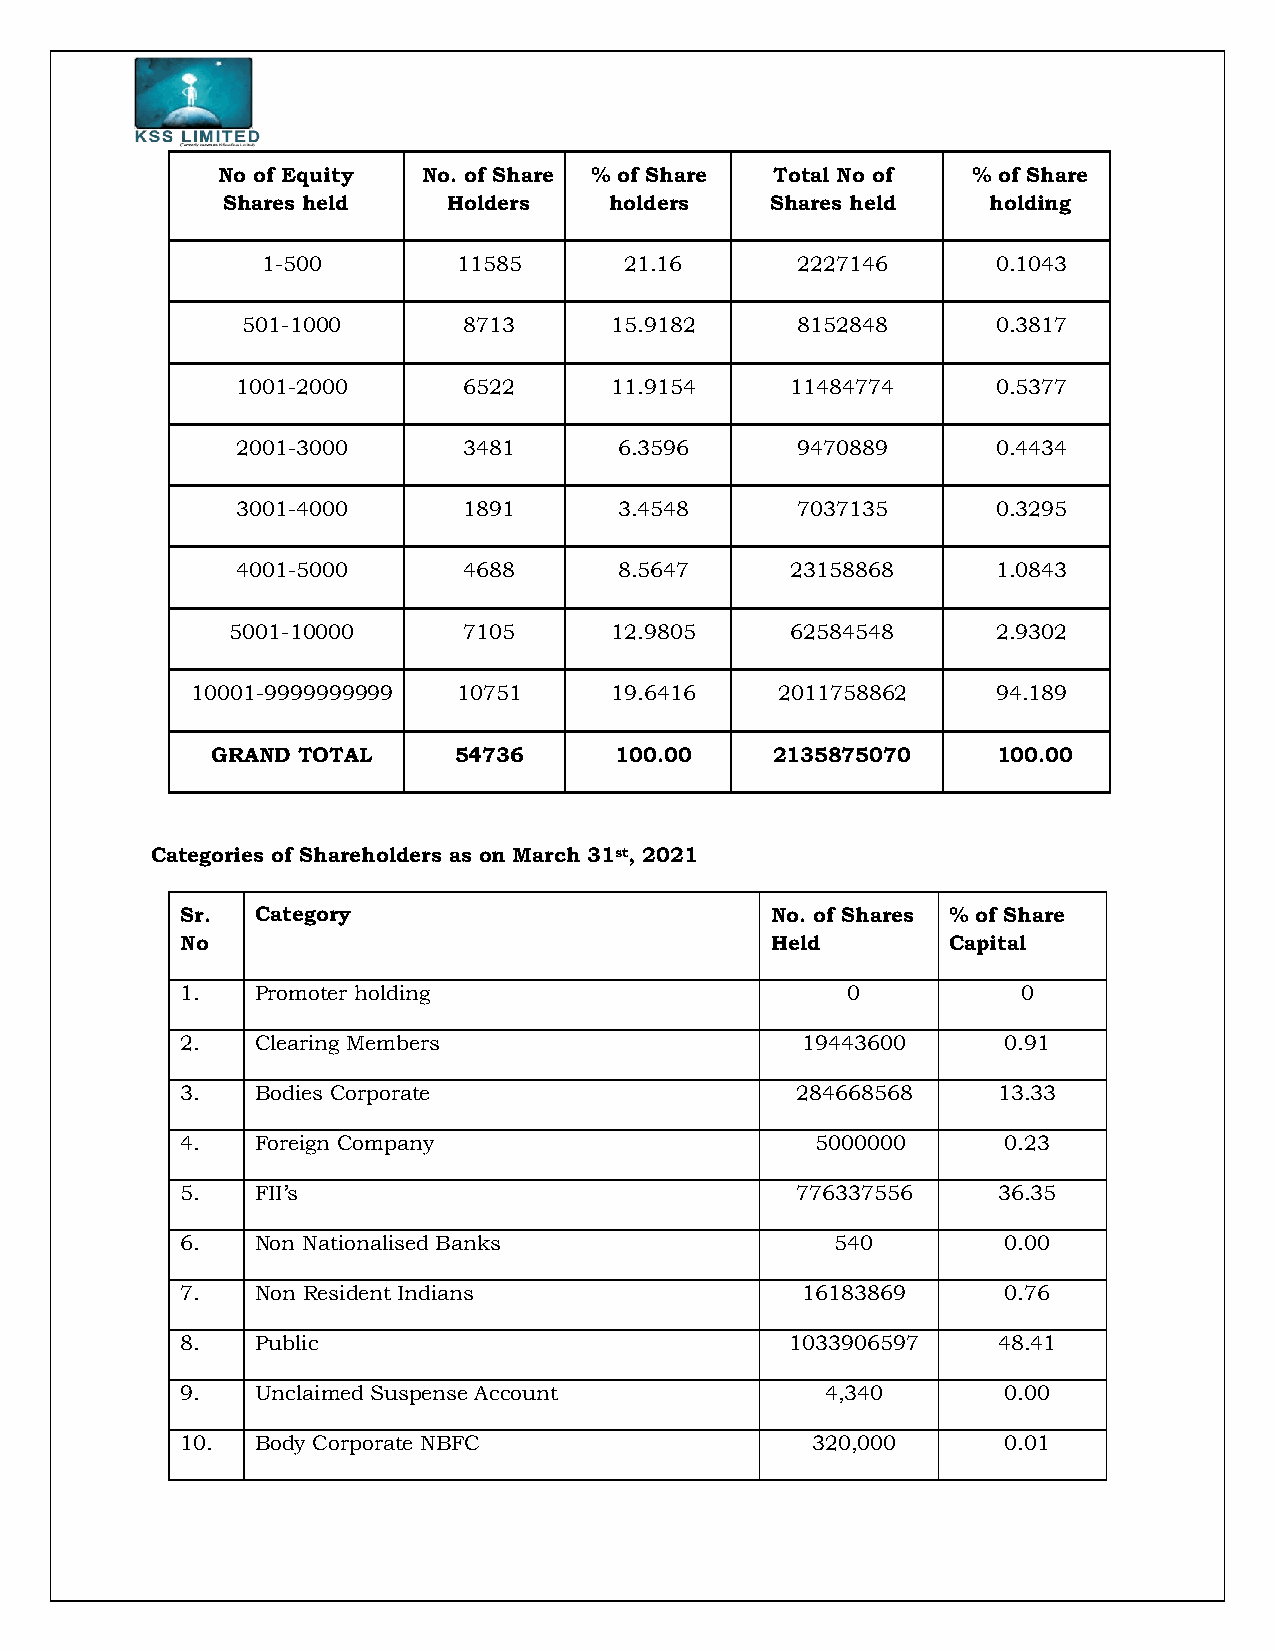
No of Equity  No. of Share % of Share Total No of % of Share
 Shares held    Holders   holders    Shares held    holding
 1-500        11585      21.16       2227146      0.1043
 501-1000       8713     15.9182      8152848      0.3817
 1001-2000      6522     11.9154     11484774      0.5377
 2001-3000      3481      6.3596      9470889      0.4434
 3001-4000      1891      3.4548      7037135      0.3295
 4001-5000      4688      8.5647     23158868      1.0843
 5001-10000      7105     12.9805     62584548      2.9302
 10001-9999999999 10751     19.6416    2011758862     94.189
 GRAND TOTAL     54736      100.00    2135875070     100.00
 Categories of Shareholders as on March 31st, 2021
 Sr.  Category                          No. of Shares % of Share
 No                                     Held        Capital
 1.   Promoter holding                       0           0
 2.   Clearing Members                    19443600     0.91
 3.   Bodies Corporate                    284668568    13.33
 4.   Foreign Company                      5000000     0.23
 5.   FII’s                               776337556    36.35
 6.   Non Nationalised Banks                540        0.00
 7.   Non Resident Indians                16183869     0.76
 8.   Public                             1033906597    48.41
 9.   Unclaimed Suspense Account            4,340      0.00
 10.  Body Corporate NBFC                  320,000     0.01